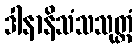
ဒါနာနိသံသသုတ္တံ